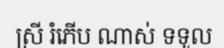
ស្រី រំភើប ណាស់ ទទួល